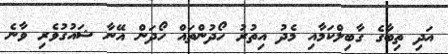
އަދި ތިބާގެ ގާބިލްކަމާއި މެދު އިތުރު ހޯދުންތައް ހޯދަން އޭނާ ޝައުގުވެރި ވާނެ